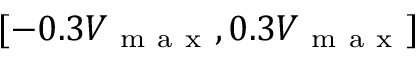
[ - 0 . 3 V _ { \mathrm { ~ m ~ a ~ x ~ } } , 0 . 3 V _ { \mathrm { ~ m ~ a ~ x ~ } } ]